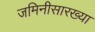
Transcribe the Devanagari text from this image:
जमिनीसारख्या